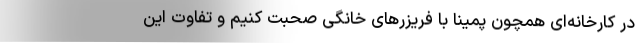
در کارخانه‌ای همچون پمینا با فریزرهای خانگی صحبت کنیم و تفاوت این